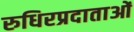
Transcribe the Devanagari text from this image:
रुधिरप्रदाताओं